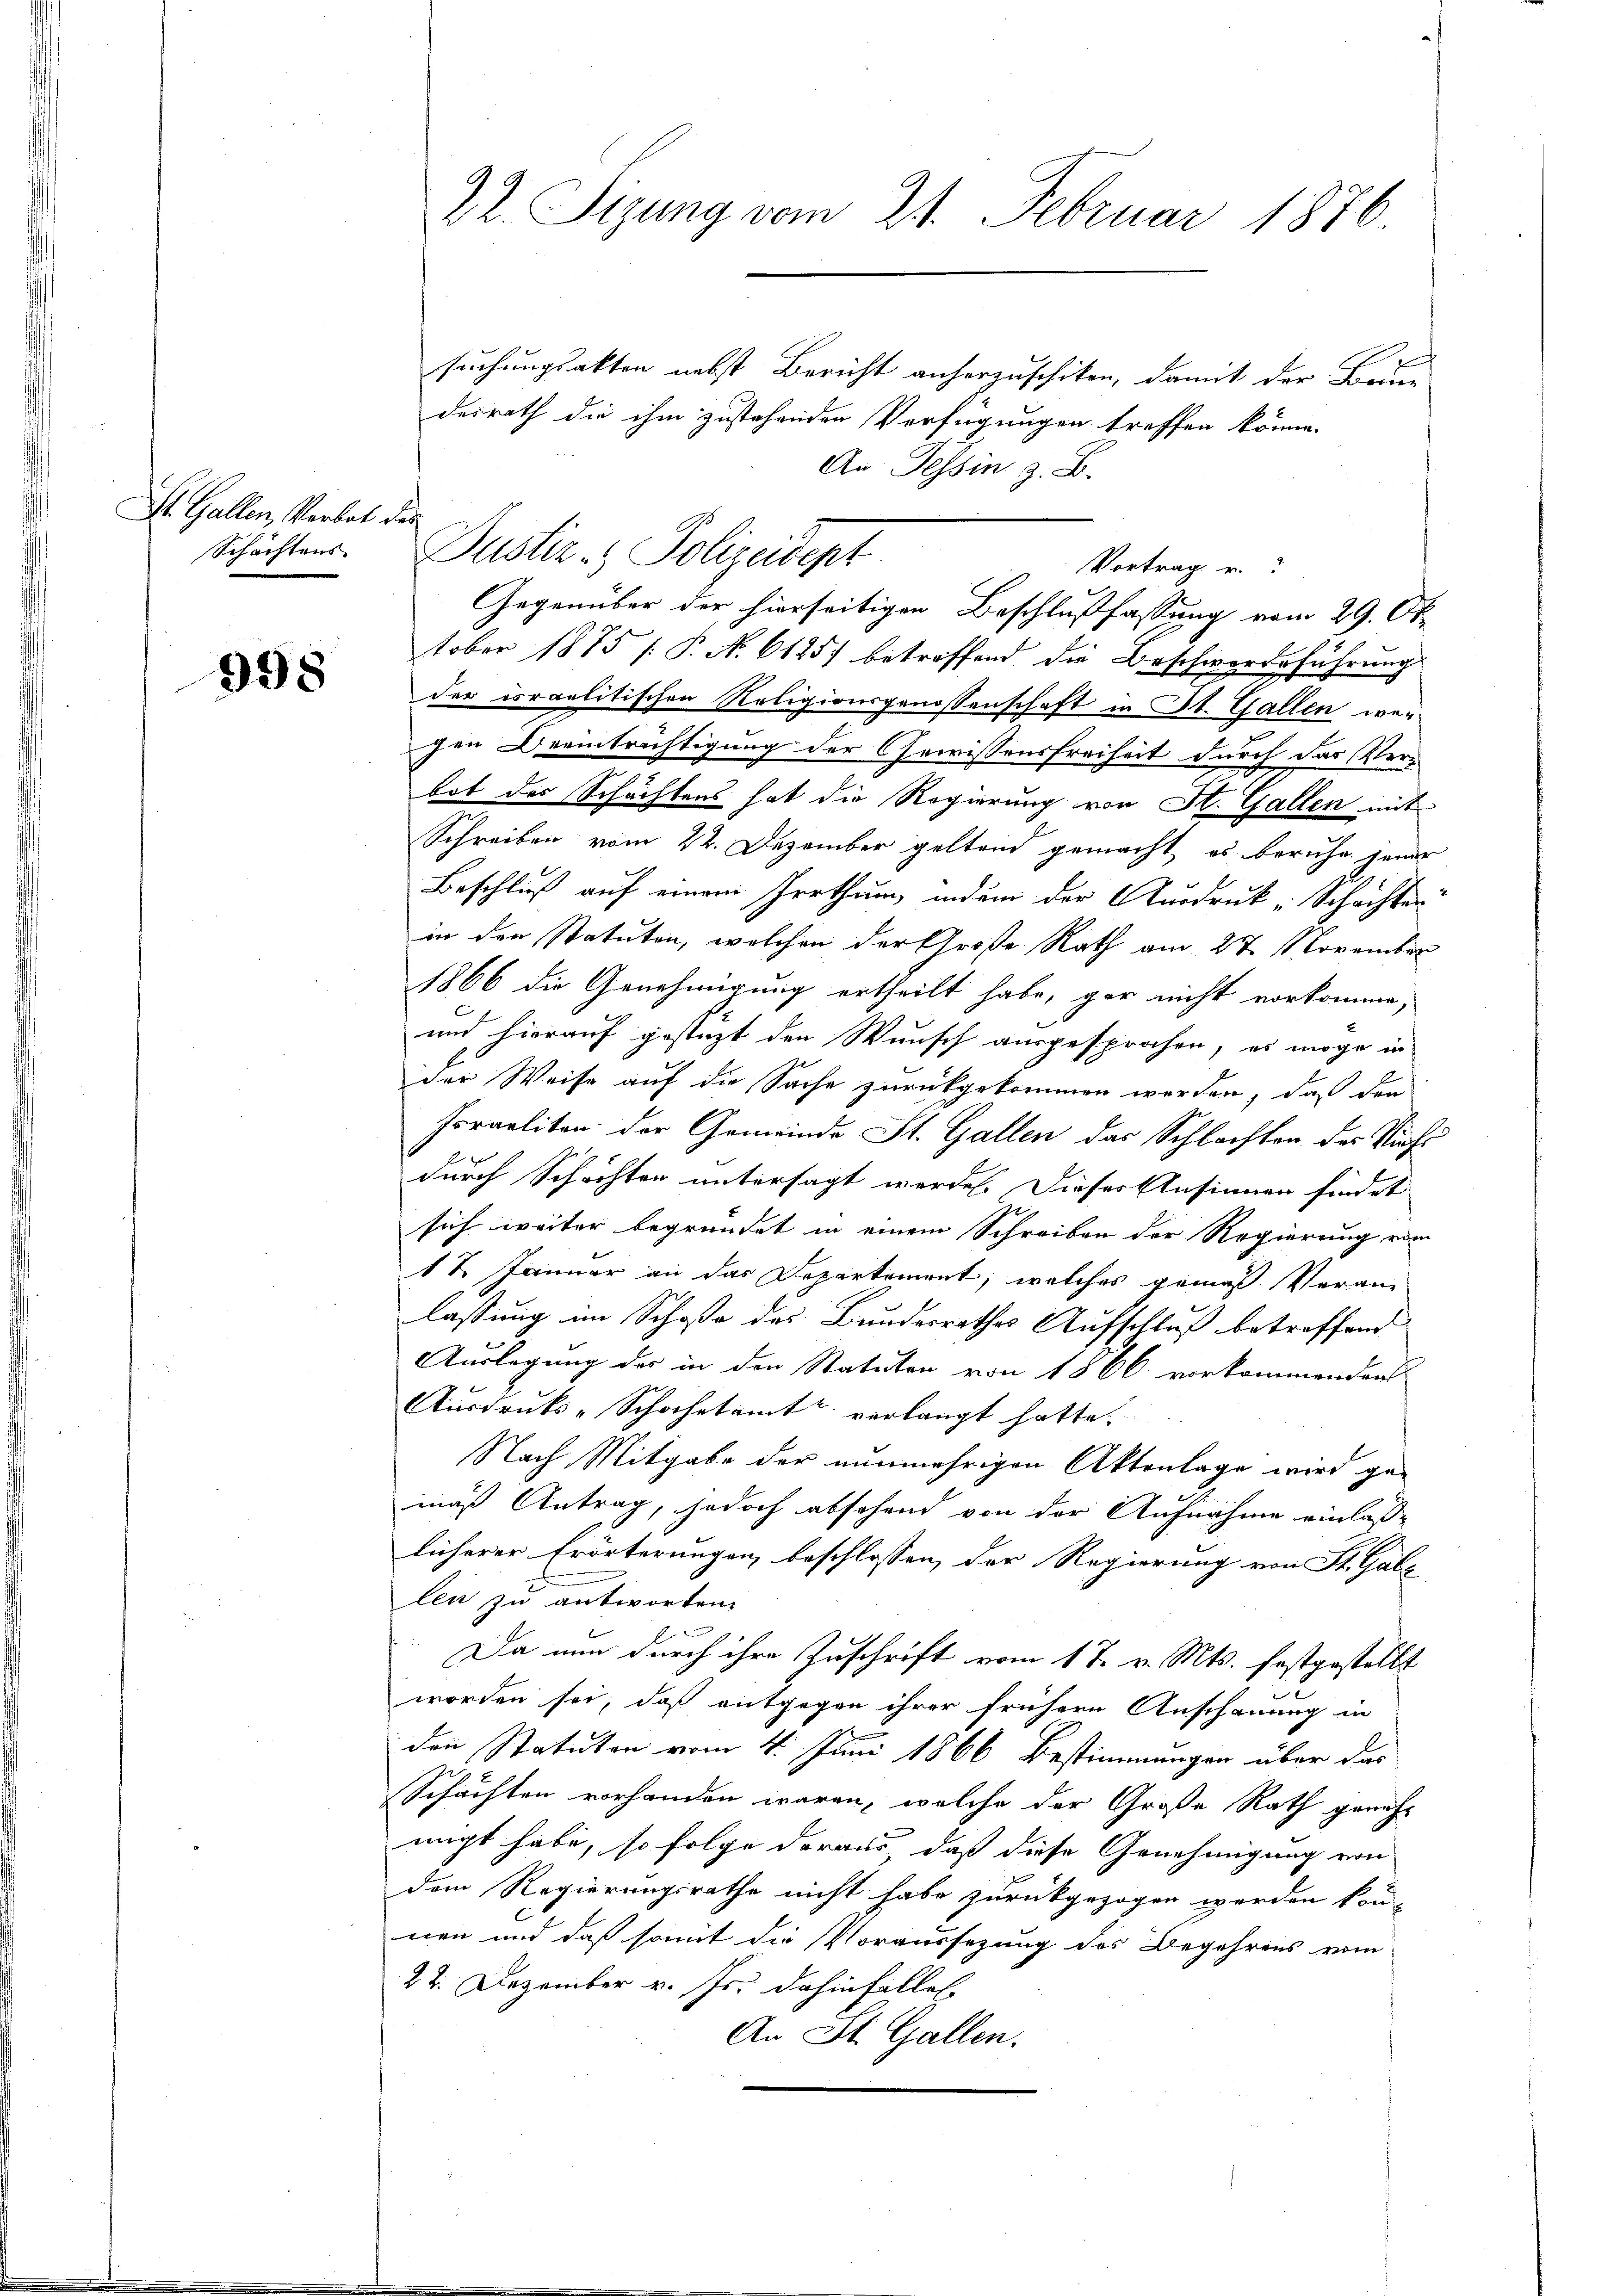
St. Gallen, Verbot des
Schachtens

998

suchungsakten nebst Bericht anherzuschiken, damit der Freun
derrath die ihm zustehenden Verfügungen treffen könne.
An Tessin z. B.
tober 1875 [ P. N. 61257 betreffend die Beschwerdeführung
der israelitischen Religionsgenossenschaft in St. Gallen wegen Drainträchtigung der Gewissensfreiheit durch das Verbot der Schachtens hat die Regierung von St. Gallen mit
Schreiben vom 22. Dezember geltend gemacht, es beruhe jener
Beschluß auf einem Irrthum indem der Ausdruck-Schachter
in den Statuten, welchen der Große Rath am 27. November
1866 die Genehmigung ertheilt habe, gar nicht vorkomme,
und hierauf gestüzt den Wunsch ausgesprochen, es möge in
der Weise auf die Sache zurückgekommen werden, daß der
Frraeliten der Gemeinde St. Gallen das Schlachten des Viehs
durch Schachten untersagt werden. Dieses Ansinnen findet
r
sich weiter begründet in einem Schreiben der Regierung vom
17. Januar an das Departement, welches gemäß Veran-
lassung im Schoße des Bundesrathes Aufschluß betreffend
Auslegung des in den Statuten von 1866 vorkommenden
Ausdruks-Schachetamt verlangt hatte.
Nach Mitgabe der nunmehrigen Aktenlage wird ge-
mäß Antrag, jedoch absehend von der Aufnahme einlaßlicherer Erörterungen beschlossen, der Regierung von St. Gale
len zu antworten.
Da nun durch ihre Zuschrift vom 17. v. Mts. festgestellt
worden sei, daß entgegen ihrer frühere Anschauung in
den Statuten vom 4. Juni 1866 Bestimmungen über das
Schächten vorhanden waren, welche der Große Rath genehmigt habe, so folge daraus, daß diese Genehmigung von
dem Regierungsrathe nicht habe zurückgezogen werden kön-
nen und daß somit die Voraussezung des Begehrens vom
22. Dezember v. Js. dahinfallen
An St. Gallen.

22. Sizung vom 21. Februar 1876.

Justiz- & Polizeident
Vortrag u.
Gegenüber der hierseitigen Beschlußfassung vom 29. Ok-